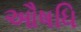
ઔષધિ